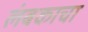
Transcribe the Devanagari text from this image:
लंबकाचा